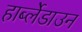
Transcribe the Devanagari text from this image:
हार्ब्लेडाउन